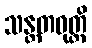
သန္တတဝုတ္တိ